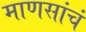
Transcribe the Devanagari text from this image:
माणसांचं